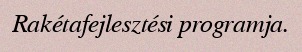
Rakétafejlesztési programja.